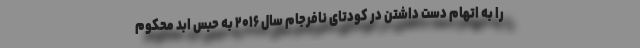
را به اتهام دست داشتن در کودتای نافرجام سال ۲۰۱۶ به حبس ابد محکوم